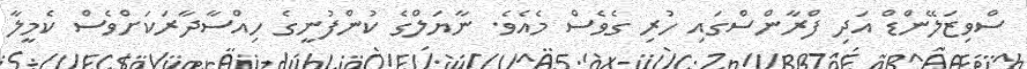
ސްވިޒަލޭންޑް އަދި ފްރާންސްގައި ހުރި ގެވެސް މެއެވެ. ނާޔަލްގެ ކުންފުނީގެ ހިއްސާދާރަކަށްވެސް ކެމީލާ